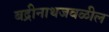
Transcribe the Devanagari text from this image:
बद्रीनाथजवळील